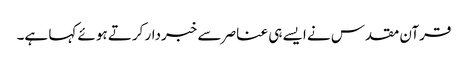
قرآن مقدس نے ایسے ہی عناصر سے خبردار کرتے ہوئے کہا ہے۔